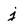
Character: j